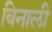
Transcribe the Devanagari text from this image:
बिनाली